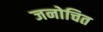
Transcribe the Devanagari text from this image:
जनोचित